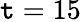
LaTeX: \mathtt{t}=15